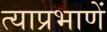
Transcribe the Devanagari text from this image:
त्याप्रभाणें